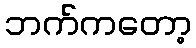
ဘက်ကတော့